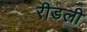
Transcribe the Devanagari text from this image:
रीडली